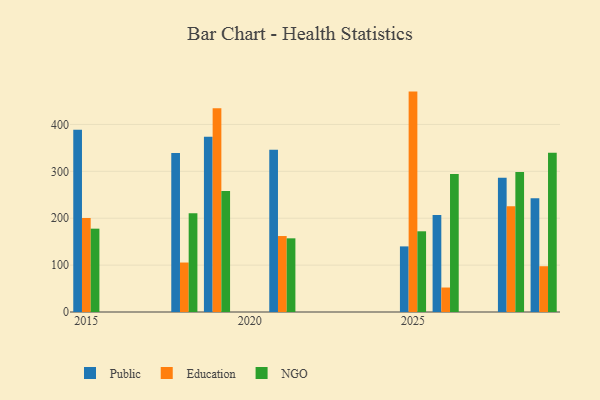
{"axis": {"x": "Year", "y": "Headcount"}, "legend": ["Education", "NGO", "Public"], "data": [{"x": "2019", "y": 373.9, "type": "Public"}, {"x": "2019", "y": 434.4, "type": "Education"}, {"x": "2019", "y": 257.8, "type": "NGO"}, {"x": "2028", "y": 286.2, "type": "Public"}, {"x": "2028", "y": 225.5, "type": "Education"}, {"x": "2028", "y": 298.7, "type": "NGO"}, {"x": "2025", "y": 139.9, "type": "Public"}, {"x": "2025", "y": 470.0, "type": "Education"}, {"x": "2025", "y": 172.1, "type": "NGO"}, {"x": "2018", "y": 339.0, "type": "Public"}, {"x": "2018", "y": 105.5, "type": "Education"}, {"x": "2018", "y": 210.6, "type": "NGO"}, {"x": "2026", "y": 206.6, "type": "Public"}, {"x": "2026", "y": 52.2, "type": "Education"}, {"x": "2026", "y": 294.2, "type": "NGO"}, {"x": "2015", "y": 388.4, "type": "Public"}, {"x": "2015", "y": 200.6, "type": "Education"}, {"x": "2015", "y": 177.7, "type": "NGO"}, {"x": "2021", "y": 345.9, "type": "Public"}, {"x": "2021", "y": 162.0, "type": "Education"}, {"x": "2021", "y": 157.1, "type": "NGO"}, {"x": "2029", "y": 242.6, "type": "Public"}, {"x": "2029", "y": 97.6, "type": "Education"}, {"x": "2029", "y": 339.7, "type": "NGO"}]}